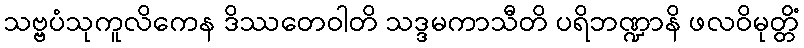
သဗ္ဗပံသုကူလိကေန ဒိဿတေဝါတိ သဒ္ဒမကာသီတိ ပရိဘဏ္ဍာနိ ဖလဝိမုတ္တိံ